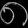
Digit: ၈